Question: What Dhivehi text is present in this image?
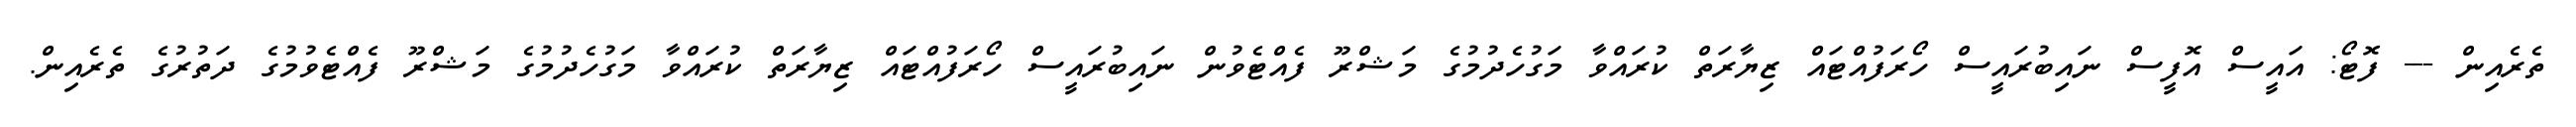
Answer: ތެރެއިން --- ފޮޓޯ: އައީސް އޮފީސް ނައިބުރައީސް ހޯރަފުއްޓައް ޒިޔާރަތް ކުރައްވާ މަގުހެދުމުގެ މަޝްރޫ ފެއްޓެވުން ނައިބުރައީސް ހޯރަފުއްޓައް ޒިޔާރަތް ކުރައްވާ މަގުހެދުމުގެ މަޝްރޫ ފެއްޓެވުމުގެ ދަތުރުގެ ތެރެއިން.